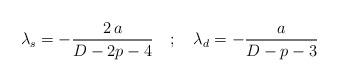
LaTeX: \begin{align*}\lambda _s = -\frac{2 \, a}{D-2p-4} \quad ; \quad \lambda _d = -\frac{a}{D-p-3}\end{align*}